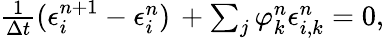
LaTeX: \begin{array}{r}{\frac{1}{\Delta t}(\epsilon_{i}^{n+1}-\epsilon_{i}^{n})\, +\sum_{j}^{}\varphi_{k}^{n}\epsilon_{i,k}^{n}=0,}\end{array}